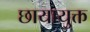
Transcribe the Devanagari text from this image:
छायायुक्त